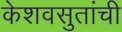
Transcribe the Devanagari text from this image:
केशवसुतांची